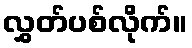
လွှတ်ပစ်လိုက်။